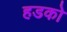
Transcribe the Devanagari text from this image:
हडको